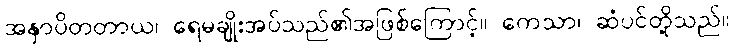
အနှာပိတတာယ၊ ရေမချိုးအပ်သည်၏အဖြစ်ကြောင့်။ ကေသာ၊ ဆံပင်တို့သည်။